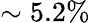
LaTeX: \sim 5.2\%